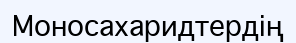
Моносахаридтердің